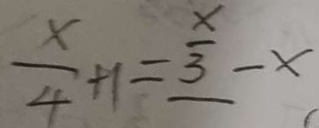
\frac { x } { 4 } + 1 = \frac { x } { 3 } - x